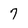
Character: 7